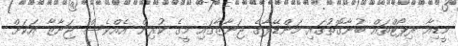
މީޑިއާ ރިޕޯޓްތައް ބުނާގޮތުގައި މަންޑޭލާގެ ޖަނާޒާގައި މީގެ ކުރިން އެއްވެސް ޖަނާޒާ އަކަށް